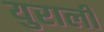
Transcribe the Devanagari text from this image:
युराली